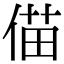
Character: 㑤